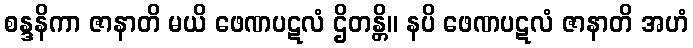
စန္ဒနိကာ ဇာနာတိ မယိ ဖေဏပဋလံ ဌိတန္တိ။ နပိ ဖေဏပဋလံ ဇာနာတိ အဟံ